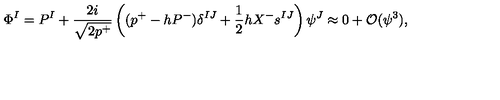
\Phi ^ { I } = P ^ { I } + \frac { 2 i } { \sqrt { 2 p ^ { + } } } \left( ( p ^ { + } - h P ^ { - } ) \delta ^ { I J } + \frac { 1 } { 2 } h X ^ { - } s ^ { I J } \right) \psi ^ { J } \approx 0 + { \cal O } ( \psi ^ { 3 } ) ,